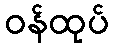
ဝန်ထုပ်